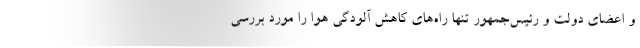
و اعضای دولت و رئیس‌جمهور تنها راه‌های کاهش آلودگی هوا را مورد بررسی